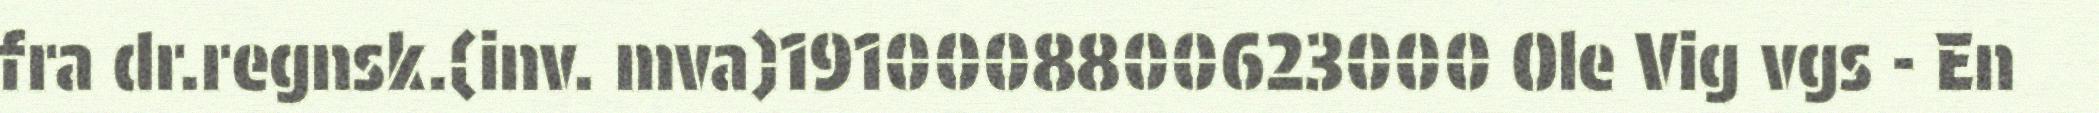
fra dr.regnsk.(inv. mva)1910008800623000 Ole Vig vgs - En